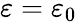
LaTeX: \varepsilon=\varepsilon_{0}